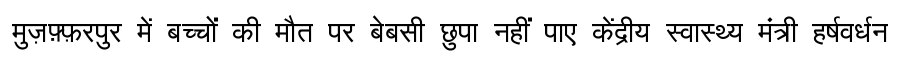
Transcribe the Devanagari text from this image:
मुज़फ़्फ़रपुर में बच्चों की मौत पर बेबसी छुपा नहीं पाए केंद्रीय स्वास्थ्य मंत्री हर्षवर्धन